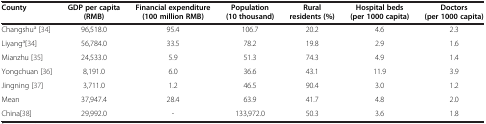
| County | GDP per capita (RMB) | Financial expenditure (100 million RMB) | Population (10 thousand) | Rural residents (%) | Hospital beds (per 1000 capita) | Doctors (per 1000 capita) |
 | --- | --- | --- | --- | --- | --- | --- |
 | Changshua[34] | 96,518.0 | 95.4 | 106.7 | 20.2 | 4.6 | 2.3 |
 | Liyanga[34] | 56,784.0 | 33.5 | 78.2 | 19.8 | 2.9 | 1.6 |
 | Mianzhu [35] | 24,533.0 | 5.9 | 51.3 | 74.3 | 4.9 | 1.4 |
 | Yongchuan [36] | 8,191.0 | 6.0 | 36.6 | 43.1 | 11.9 | 3.9 |
 | Jingning [37] | 3,711.0 | 1.2 | 46.5 | 90.4 | 3.0 | 1.2 |
 | Mean | 37,947.4 | 28.4 | 63.9 | 41.7 | 4.8 | 2.0 |
 | China[38] | 29,992.0 | - | 133,972.0 | 50.3 | 3.6 | 1.8 |